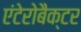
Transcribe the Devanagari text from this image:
एंटेरोबैक्टर